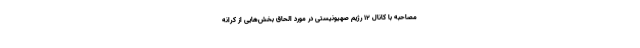
مصاحبه با کانال ۱۲ رژیم صهیونیستی در مورد الحاق بخش‌هایی از کرانه